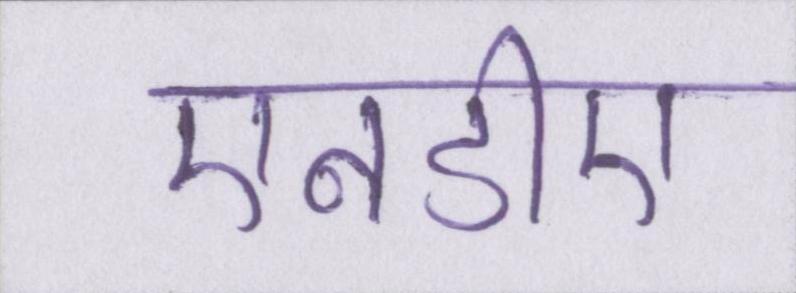
एनडीए